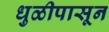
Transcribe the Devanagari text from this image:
धुळीपासून